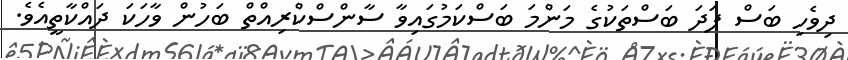
ދިވެހި ބަސް ފަދަ ބަސްތަކުގެ މަންމަ ބަސްކަމުގައިވާ ސާންސްކްރިއްތް ބަހުން ވާހަކަ ދައްކާތީއެވެ.